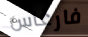
فارغاس